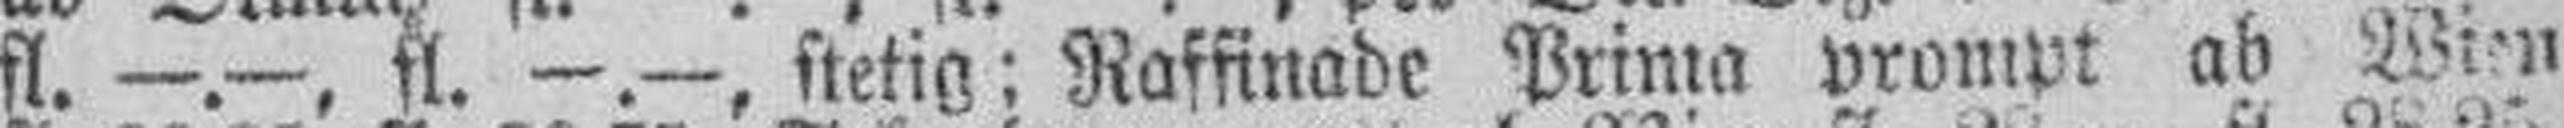
fl. —.—, fl. —.—, stetig; Raffinade Prima prompt ab Wien